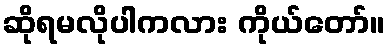
ဆိုရမလိုပါကလား ကိုယ်တော်။